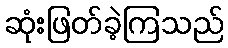
ဆုံးဖြတ်ခဲ့ကြသည်